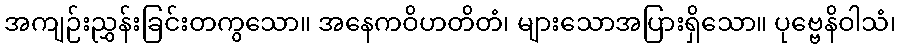
အကျဉ်းညွှန်းခြင်းတကွသော။ အနေကဝိဟတိတံ၊ များသောအပြားရှိသော။ ပုဗ္ဗေနိဝါသံ၊